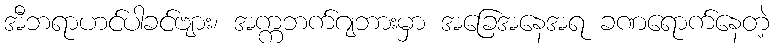
အီဘရာဟင်ပါခင်ဗျား၊ အက္ကဘက်ဂျဘားမှာ အခြေအနေအရ ခဏရောက်နေတဲ့